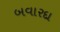
બવારદા